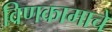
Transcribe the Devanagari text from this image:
विणकामाचे